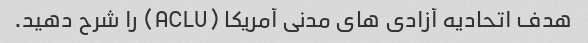
هدف اتحادیه آزادی های مدنی آمریکا (ACLU) را شرح دهید.